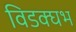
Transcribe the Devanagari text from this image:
विडक्घभ